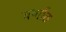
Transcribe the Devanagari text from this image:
वर्ष्गांठ